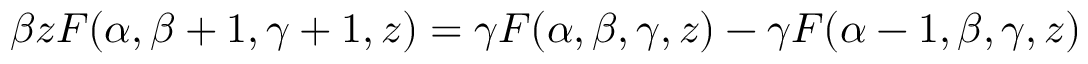
\beta z F ( \alpha , \beta + 1 , \gamma + 1 , z ) = \gamma F ( \alpha , \beta , \gamma , z ) - \gamma F ( \alpha - 1 , \beta , \gamma , z )